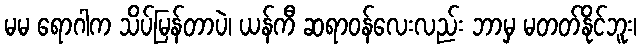
မမ ရောဂါက သိပ်မြန်တာပဲ၊ ယန်ကီ ဆရာဝန်လေးလည်း ဘာမှ မတတ်နိုင်ဘူး၊